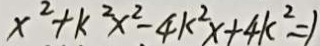
x ^ { 2 } + k ^ { 2 } x ^ { 2 } - 4 k ^ { 2 } x + 4 k ^ { 2 } = 1